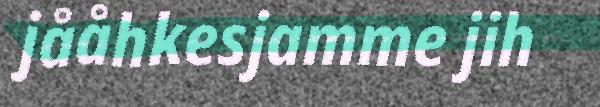
jååhkesjamme jih